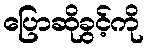
ပြောဆိုခွင့်ကို